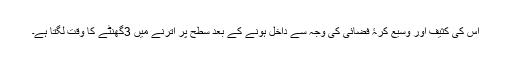
اس کی کثیف اور وسیع کرۂ فضائی کی وجہ سے داخل ہونے کے بعد سطح پر اترنے میں 3گھنٹے کا وقت لگتا ہے۔